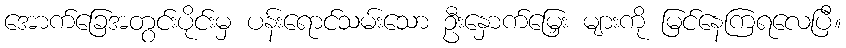
အောက်ခြေအတွင်းပိုင်းမှ ပန်းရောင်သမ်းသော ဦးနှောက်မြှေး များကို မြင်နေကြရလေပြီ။